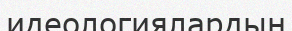
идеологиялардың